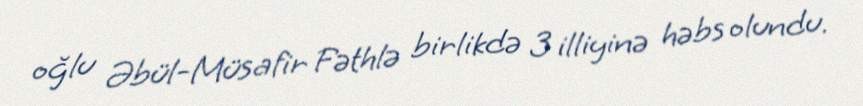
oğlu Əbül-Müsafir Fəthlə birlikdə 3 illiyinə həbs olundu.